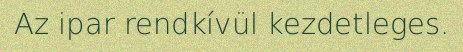
Az ipar rendkívül kezdetleges.